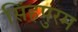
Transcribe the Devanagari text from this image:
सिंहपुरम